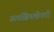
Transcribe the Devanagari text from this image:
अनडिक्शेनरी